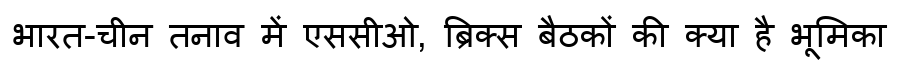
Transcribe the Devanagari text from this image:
भारत-चीन तनाव में एससीओ, ब्रिक्स बैठकों की क्या है भूमिका